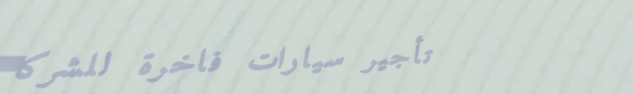
تأجير سيارات فاخرة للشركا